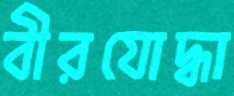
বীরযোদ্ধা